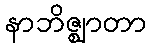
နာဘိဇ္ဈာတာ